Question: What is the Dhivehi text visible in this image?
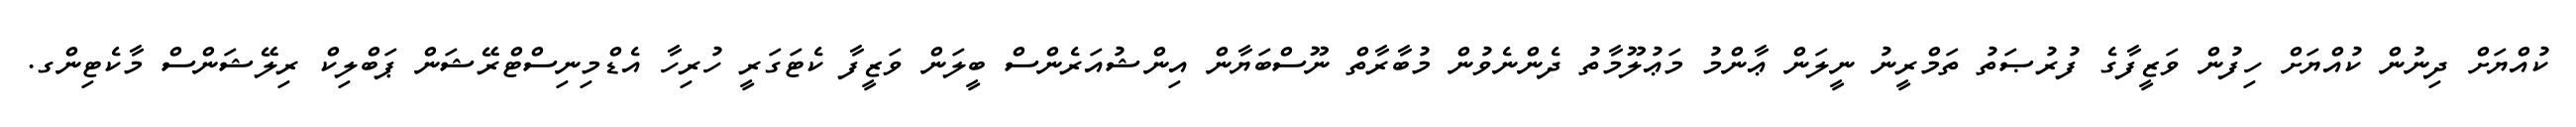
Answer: ކުއްޔަށް ދިނުން ކުއްޔަށް ހިފުން ވަޒީފާގެ ފުރުޞަތު ތަމްރީނު ނީލަން ޢާންމު މަޢުލޫމާތު ދެންނެވުން މުބާރާތް ނޫސްބަޔާން އިންޝުއަރެންސް ބީލަން ވަޒީފާ ކެޓަގަރީ ހުރިހާ އެޑްމިނިސްޓްރޭޝަން ޕަބްލިކް ރިލޭޝަންސް މާކެޓިންގ.